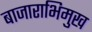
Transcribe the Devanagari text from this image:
बाजाराभिमुख